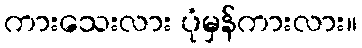
ကားသေးလား ပုံမှန်ကားလား။